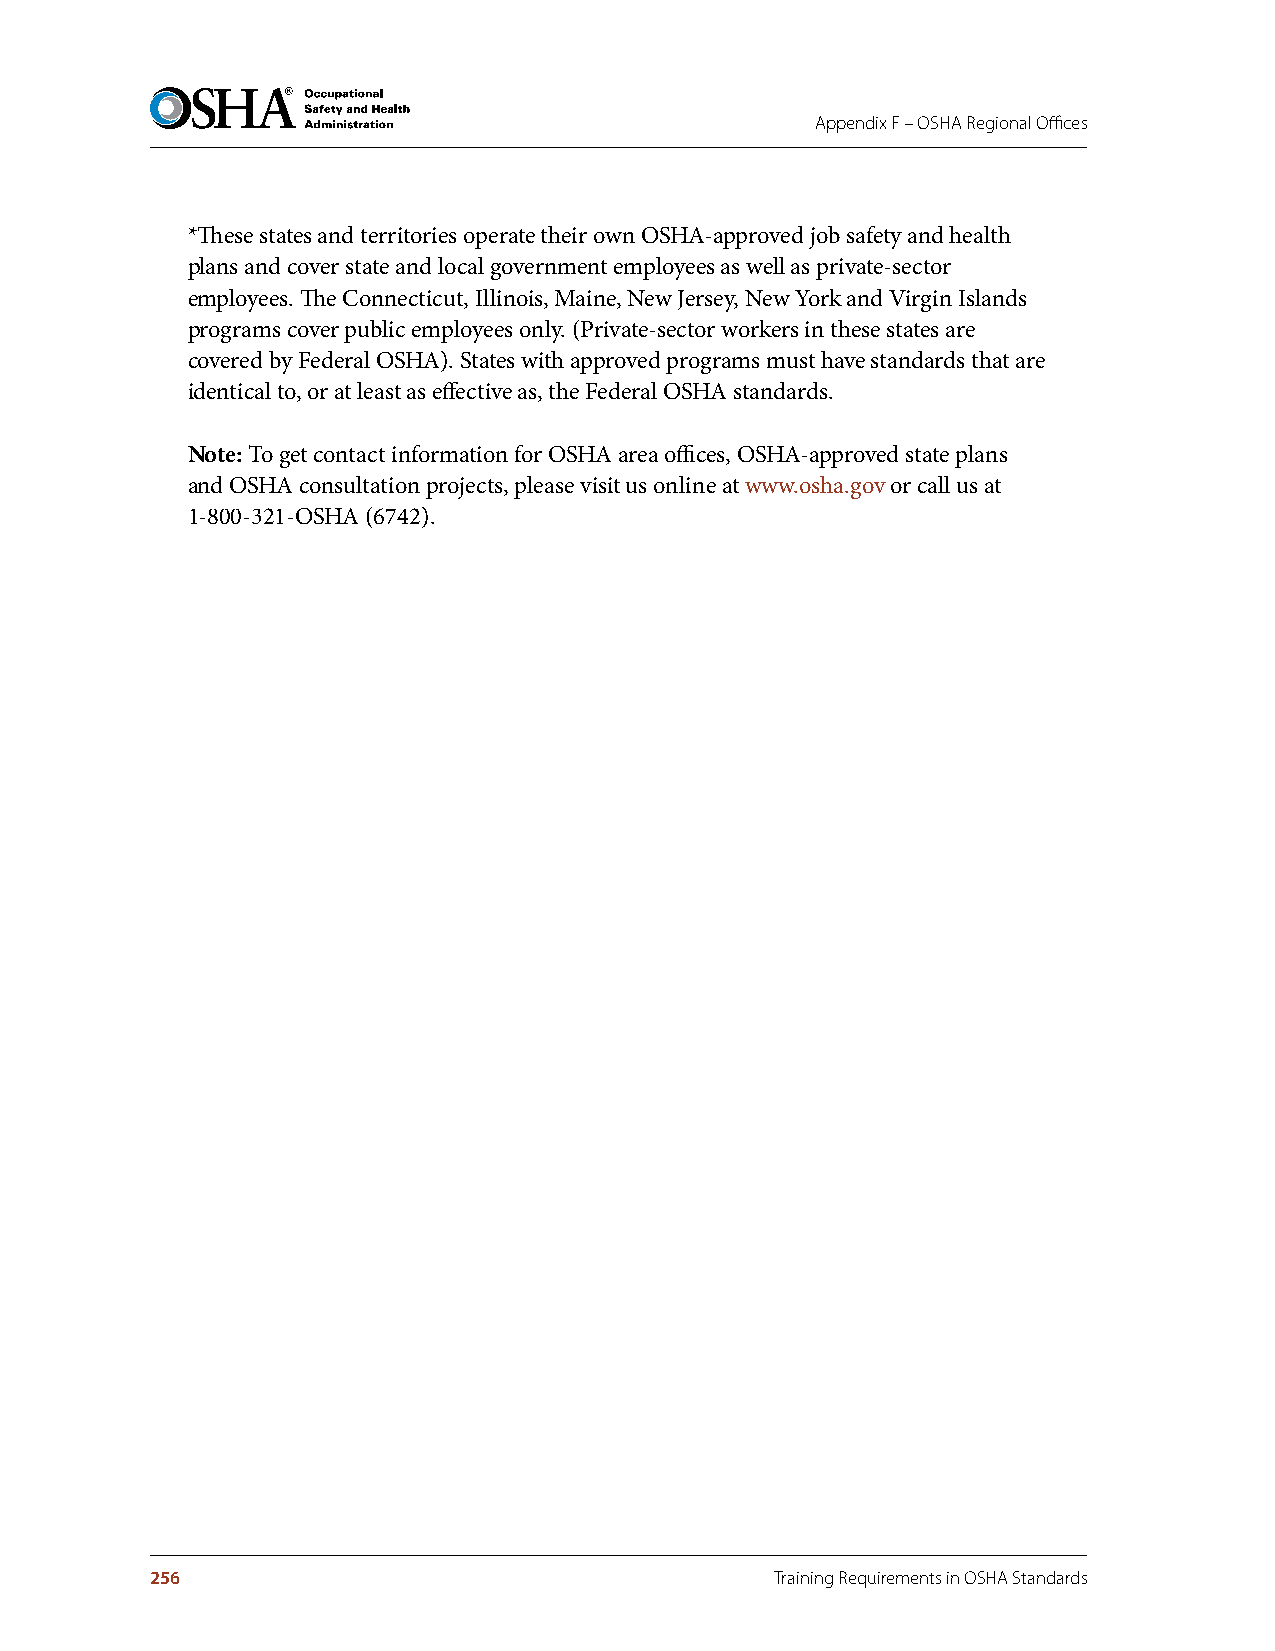
Appendix F – OSHA Regional Offices
 *These states and territories operate their own OSHA-approved job safety and health
 plans and cover state and local government employees as well as private-sector
 employees. The Connecticut, Illinois, Maine, New Jersey, New York and Virgin Islands
 programs cover public employees only. (Private-sector workers in these states are
 covered by Federal OSHA). States with approved programs must have standards that are
 identical to, or at least as effective as, the Federal OSHA standards.
 Note: To get contact information for OSHA area offices, OSHA-approved state plans
 and OSHA consultation projects, please visit us online at www.osha.gov or call us at
 1-800-321-OSHA (6742).
 256                                      Training Requirements in OSHA Standards